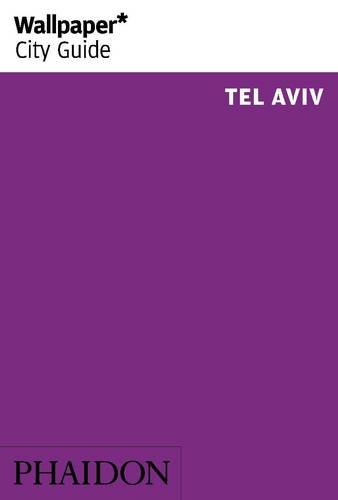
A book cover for Wallpaper* City Guide Tel Aviv 2014 (Wallpaper City Guides); Wallpaper*; Travel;